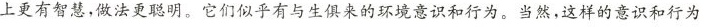
上更有智慧，做法更聪明。它们似乎有与生俱来的环境意识和行为。当然，这样的意识和行为